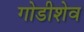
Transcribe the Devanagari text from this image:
गोडीशेव